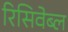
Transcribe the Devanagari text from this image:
रिसिवेब्ल